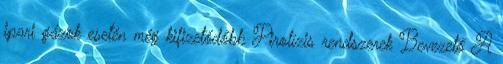
ipari gázok esetén még kifizetődőbb Pirolízis rendszerek Bevezető A